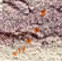
معجزات